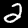
Digit: 2